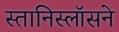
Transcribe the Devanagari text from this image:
स्तानिस्लॉसने